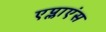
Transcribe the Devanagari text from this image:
एप्लाएंस